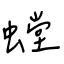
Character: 螳